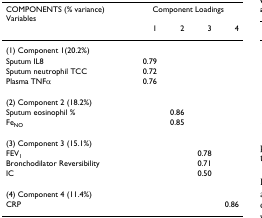
| COMPONENTS (% variance)Variables | <COLSPAN=4> Component Loadings |
 |  | 1 | 2 | 3 | 4 |
 | --- | --- | --- | --- | --- |
 | (1) Component 1(20.2%) |  |  |  |  |
 | Sputum IL8 | 0.79 |  |  |  |
 | Sputum neutrophil TCC | 0.72 |  |  |  |
 | Plasma TNFα | 0.76 |  |  |  |
 | (2) Component 2 (18.2%) |  |  |  |  |
 | Sputum eosinophil % |  | 0.86 |  |  |
 | FeNO |  | 0.85 |  |  |
 | (3) Component 3 (15.1%) |  |  |  |  |
 | FEV1 |  |  | 0.78 |  |
 | Bronchodilator Reversibility |  |  | 0.71 |  |
 | IC |  |  | 0.50 |  |
 | (4) Component 4 (11.4%) |  |  |  |  |
 | CRP |  |  |  | 0.86 |